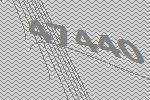
47440